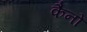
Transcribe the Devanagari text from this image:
कैनों